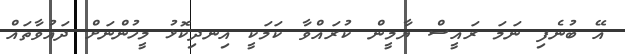
އޭ ބުނެފި ނަމަ ރައީސް ޔާމީން ކުރައްވާ ކަމަކީ އިނދިކޮޅު މީހުންނަށް ދައުވާތައް